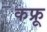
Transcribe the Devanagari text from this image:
कफ्रू